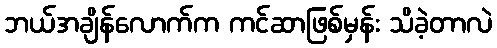
ဘယ်အချိန်လောက်က ကင်ဆာဖြစ်မှန်း သိခဲ့တာလဲ